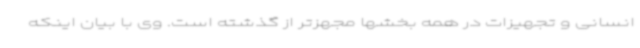
انسانی و تجهیزات در همه بخشها مجهزتر از گذشته است. وی با بیان اینکه